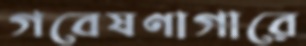
গবেষণাগারে